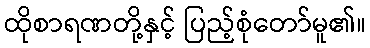
ထိုစာရဏတို့နှင့် ပြည့်စုံတော်မူ၏။